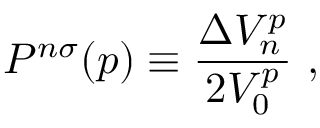
P ^ { n \sigma } ( p ) \equiv \frac { \Delta V _ { n } ^ { p } } { 2 V _ { 0 } ^ { p } } ~ ,